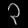
Digit: ၃